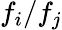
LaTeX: f_{i}/f_{j}